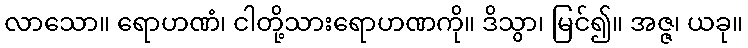
လာသော။ ရောဟဏံ၊ ငါတို့သားရောဟဏကို။ ဒိသွာ၊ မြင်၍။ အဇ္ဇ၊ ယခု။